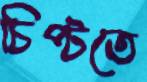
চিপ্‌টতে